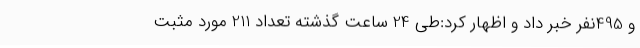
و 495نفر خبر داد و اظهار کرد:طی 24 ساعت گذشته تعداد 211 مورد مثبت